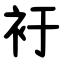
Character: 衧